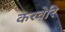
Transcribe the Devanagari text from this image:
करवेरि